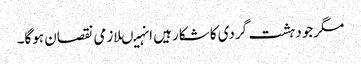
مگرجودہشت گردی کاشکارہیں انہیںلازمی نقصان ہوگا۔